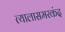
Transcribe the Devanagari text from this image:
त्यालासमरकंद